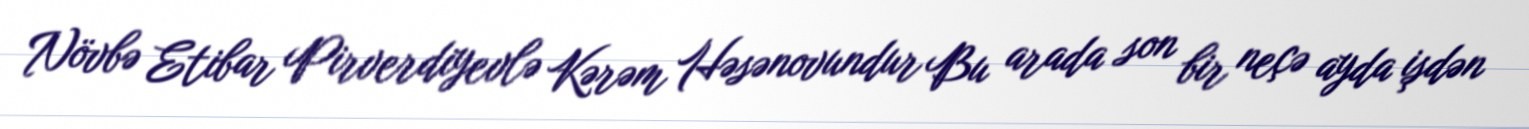
Növbə Etibar Pirverdiyevlə Kərəm Həsənovundur Bu arada son bir neçə ayda işdən